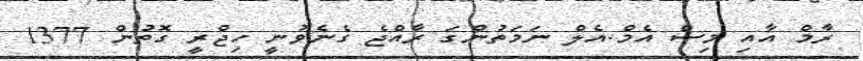
ރާމް އާއި މިސް އެމް.އެލް ނަމަތުންގަ ރާއްޖެ ގެނެވުނީ ހިޖްރީ ގޮތުން 1377